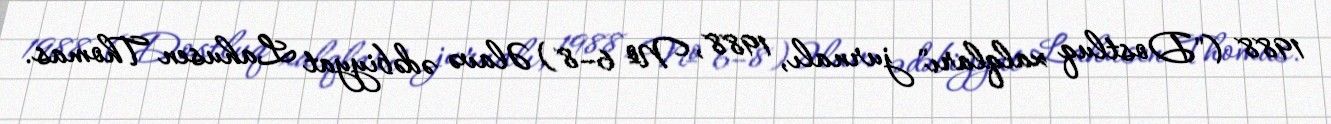
1988 ("Dostluq xalqları" jurnalı, 1988, № 6–8) Əlavə ədəbiyyat Lahusen Thomas.